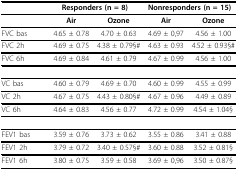
<table><thead><tr><td></td><td colspan="2"><b>Responders (n = 8)</b></td><td colspan="2"><b>Nonresponders (n = 15)</b></td></tr></thead><tbody><tr><td></td><td><b>Air</b></td><td><b>Ozone</b></td><td><b>Air</b></td><td><b>Ozone</b></td></tr><tr><td>FVC bas</td><td>4.65 ± 0.78</td><td>4.70 ± 0.63</td><td>4.69 ± 0,97</td><td>4.56 ± 1.00</td></tr><tr><td>FVC 2h</td><td>4.69 ± 0.75</td><td>4.38 ± 0.79§#</td><td>4.63 ± 0.93</td><td>4.52 ± 0.93§#</td></tr><tr><td>FVC 6h</td><td>4.69 ± 0.84</td><td>4.61 ± 0.79</td><td>4.67 ± 0.99</td><td>4.56 ± 1.00</td></tr><tr><td>VC bas</td><td>4.60 ± 0.79</td><td>4.69 ± 0.70</td><td>4.60 ± 0.99</td><td>4.55 ± 0.99</td></tr><tr><td>VC 2h</td><td>4.67 ± 0.75</td><td>4.43 ± 0.80§#</td><td>4.67 ± 0.96</td><td>4.49 ± 0.89</td></tr><tr><td>VC 6h</td><td>4.64 ± 0.83</td><td>4.56 ± 0.77</td><td>4.72 ± 0.99</td><td>4.54 ± 1.04§</td></tr><tr><td>FEV1 bas</td><td>3.59 ± 0.76</td><td>3.73 ± 0.62</td><td>3.55 ± 0.86</td><td>3.41 ± 0.88</td></tr><tr><td>FEV1 2h</td><td>3.79 ± 0.72</td><td>3.40 ± 0.57§#</td><td>3.60 ± 0.88</td><td>3.52 ± 0.81§</td></tr><tr><td>FEV1 6h</td><td>3.80 ± 0.75</td><td>3.59 ± 0.58</td><td>3.69 ± 0,96</td><td>3.50 ± 0.87§</td></tr></tbody></table>